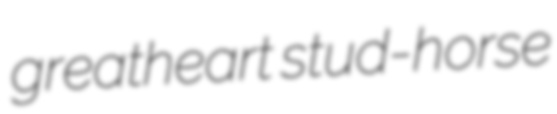
greatheart stud-horse